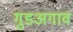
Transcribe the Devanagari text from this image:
गुडअगाव